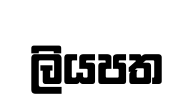
ලියපත